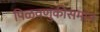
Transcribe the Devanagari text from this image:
पिळवणुकीसमान